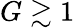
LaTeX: G\gtrsim 1